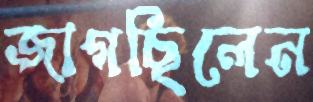
জাগছিলেন